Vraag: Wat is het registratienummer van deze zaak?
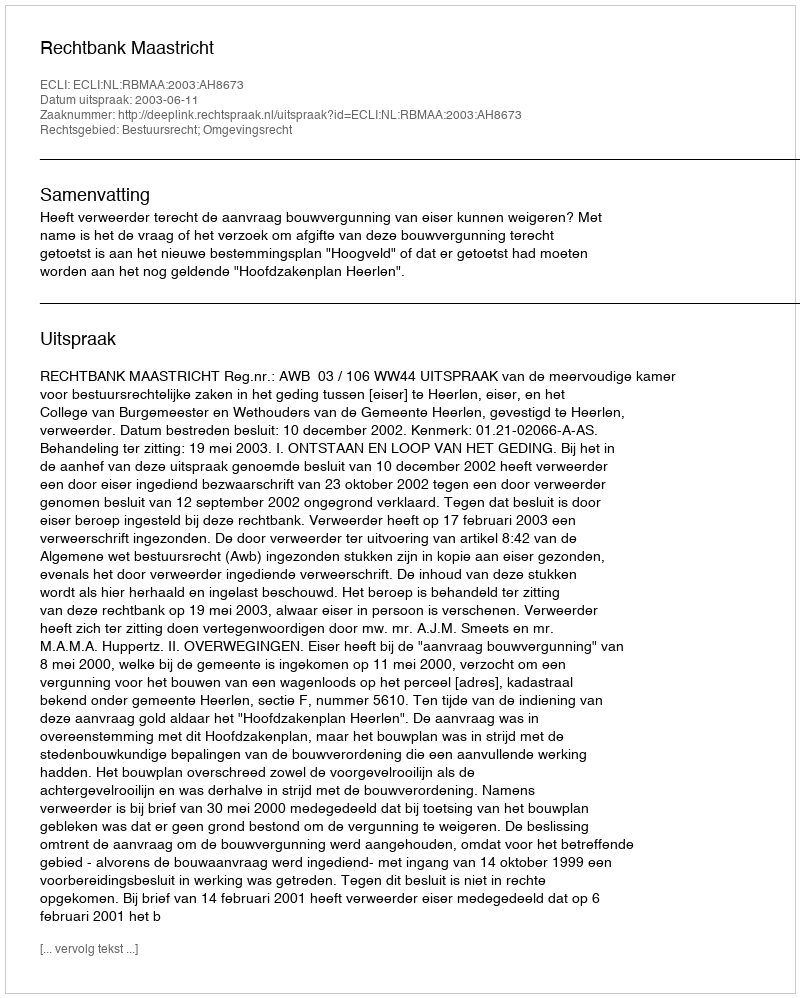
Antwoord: http://deeplink.rechtspraak.nl/uitspraak?id=ECLI:NL:RBMAA:2003:AH8673